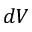
d V